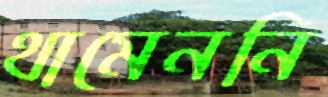
থামেননি